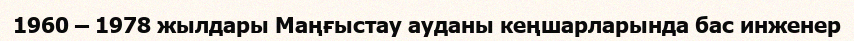
1960 – 1978 жылдары Маңғыстау ауданы кеңшарларында бас инженер